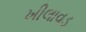
ખીલાવડ